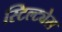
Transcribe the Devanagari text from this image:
स्टिल्ट्येस